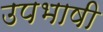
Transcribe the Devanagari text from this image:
उपभाषी